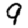
Digit: 9